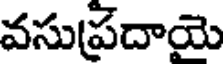
వసుప్రదాయె